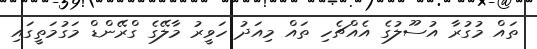
ތައް މުގުރާ އުސޫލުގެ އެއްޗެހި ތައް މިއަދު ހަވީރު މާލޭގެ ގްރޭންޑް މަގުމަތީގައި